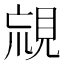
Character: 𧠰